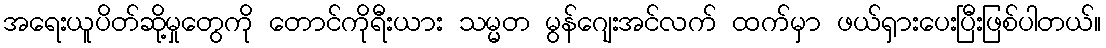
အရေးယူပိတ်ဆို့မှုတွေကို တောင်ကိုရီးယား သမ္မတ မွန်ဂျေးအင်လက် ထက်မှာ ဖယ်ရှားပေးပြီးဖြစ်ပါတယ်။